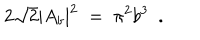
LaTeX: 2 \sqrt 2 | A _ { b } | ^ { 2 } \; = \; \pi ^ { 2 } b ^ { 3 } \ \ .